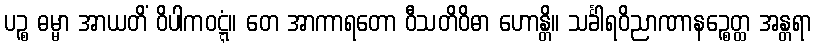
ပဉ္စ ဓမ္မာ အာယတိံ ဝိပါကဝဋ္ဋံ။ တေ အာကာရတော ဝီသတိဝိဓာ ဟောန္တိ။ သင်္ခါရဝိညာဏာနဉ္စေတ္ထ အန္တရာ